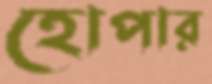
হোপার